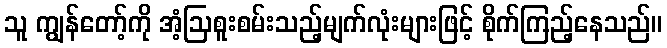
သူ ကျွန်တော့်ကို အံ့ဩစူးစမ်းသည့်မျက်လုံးများဖြင့် စိုက်ကြည့်နေသည်။